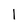
Character: 1